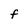
Character: f